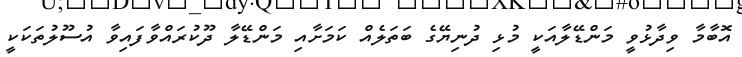
އޮބާމާ ވިދާޅުވީ މަންޑޭލާއަކީ މުޅި ދުނިޔޭގެ ބަތަލެއް ކަމަށާއި މަންޑޭލާ ދޫކުރައްވާފައިވާ އުސޫލުތަކަކީ